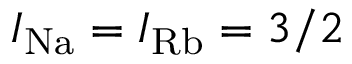
I _ { \mathrm { N a } } = I _ { \mathrm { R b } } = 3 / 2